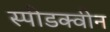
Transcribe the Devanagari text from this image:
स्पीडक्वीन